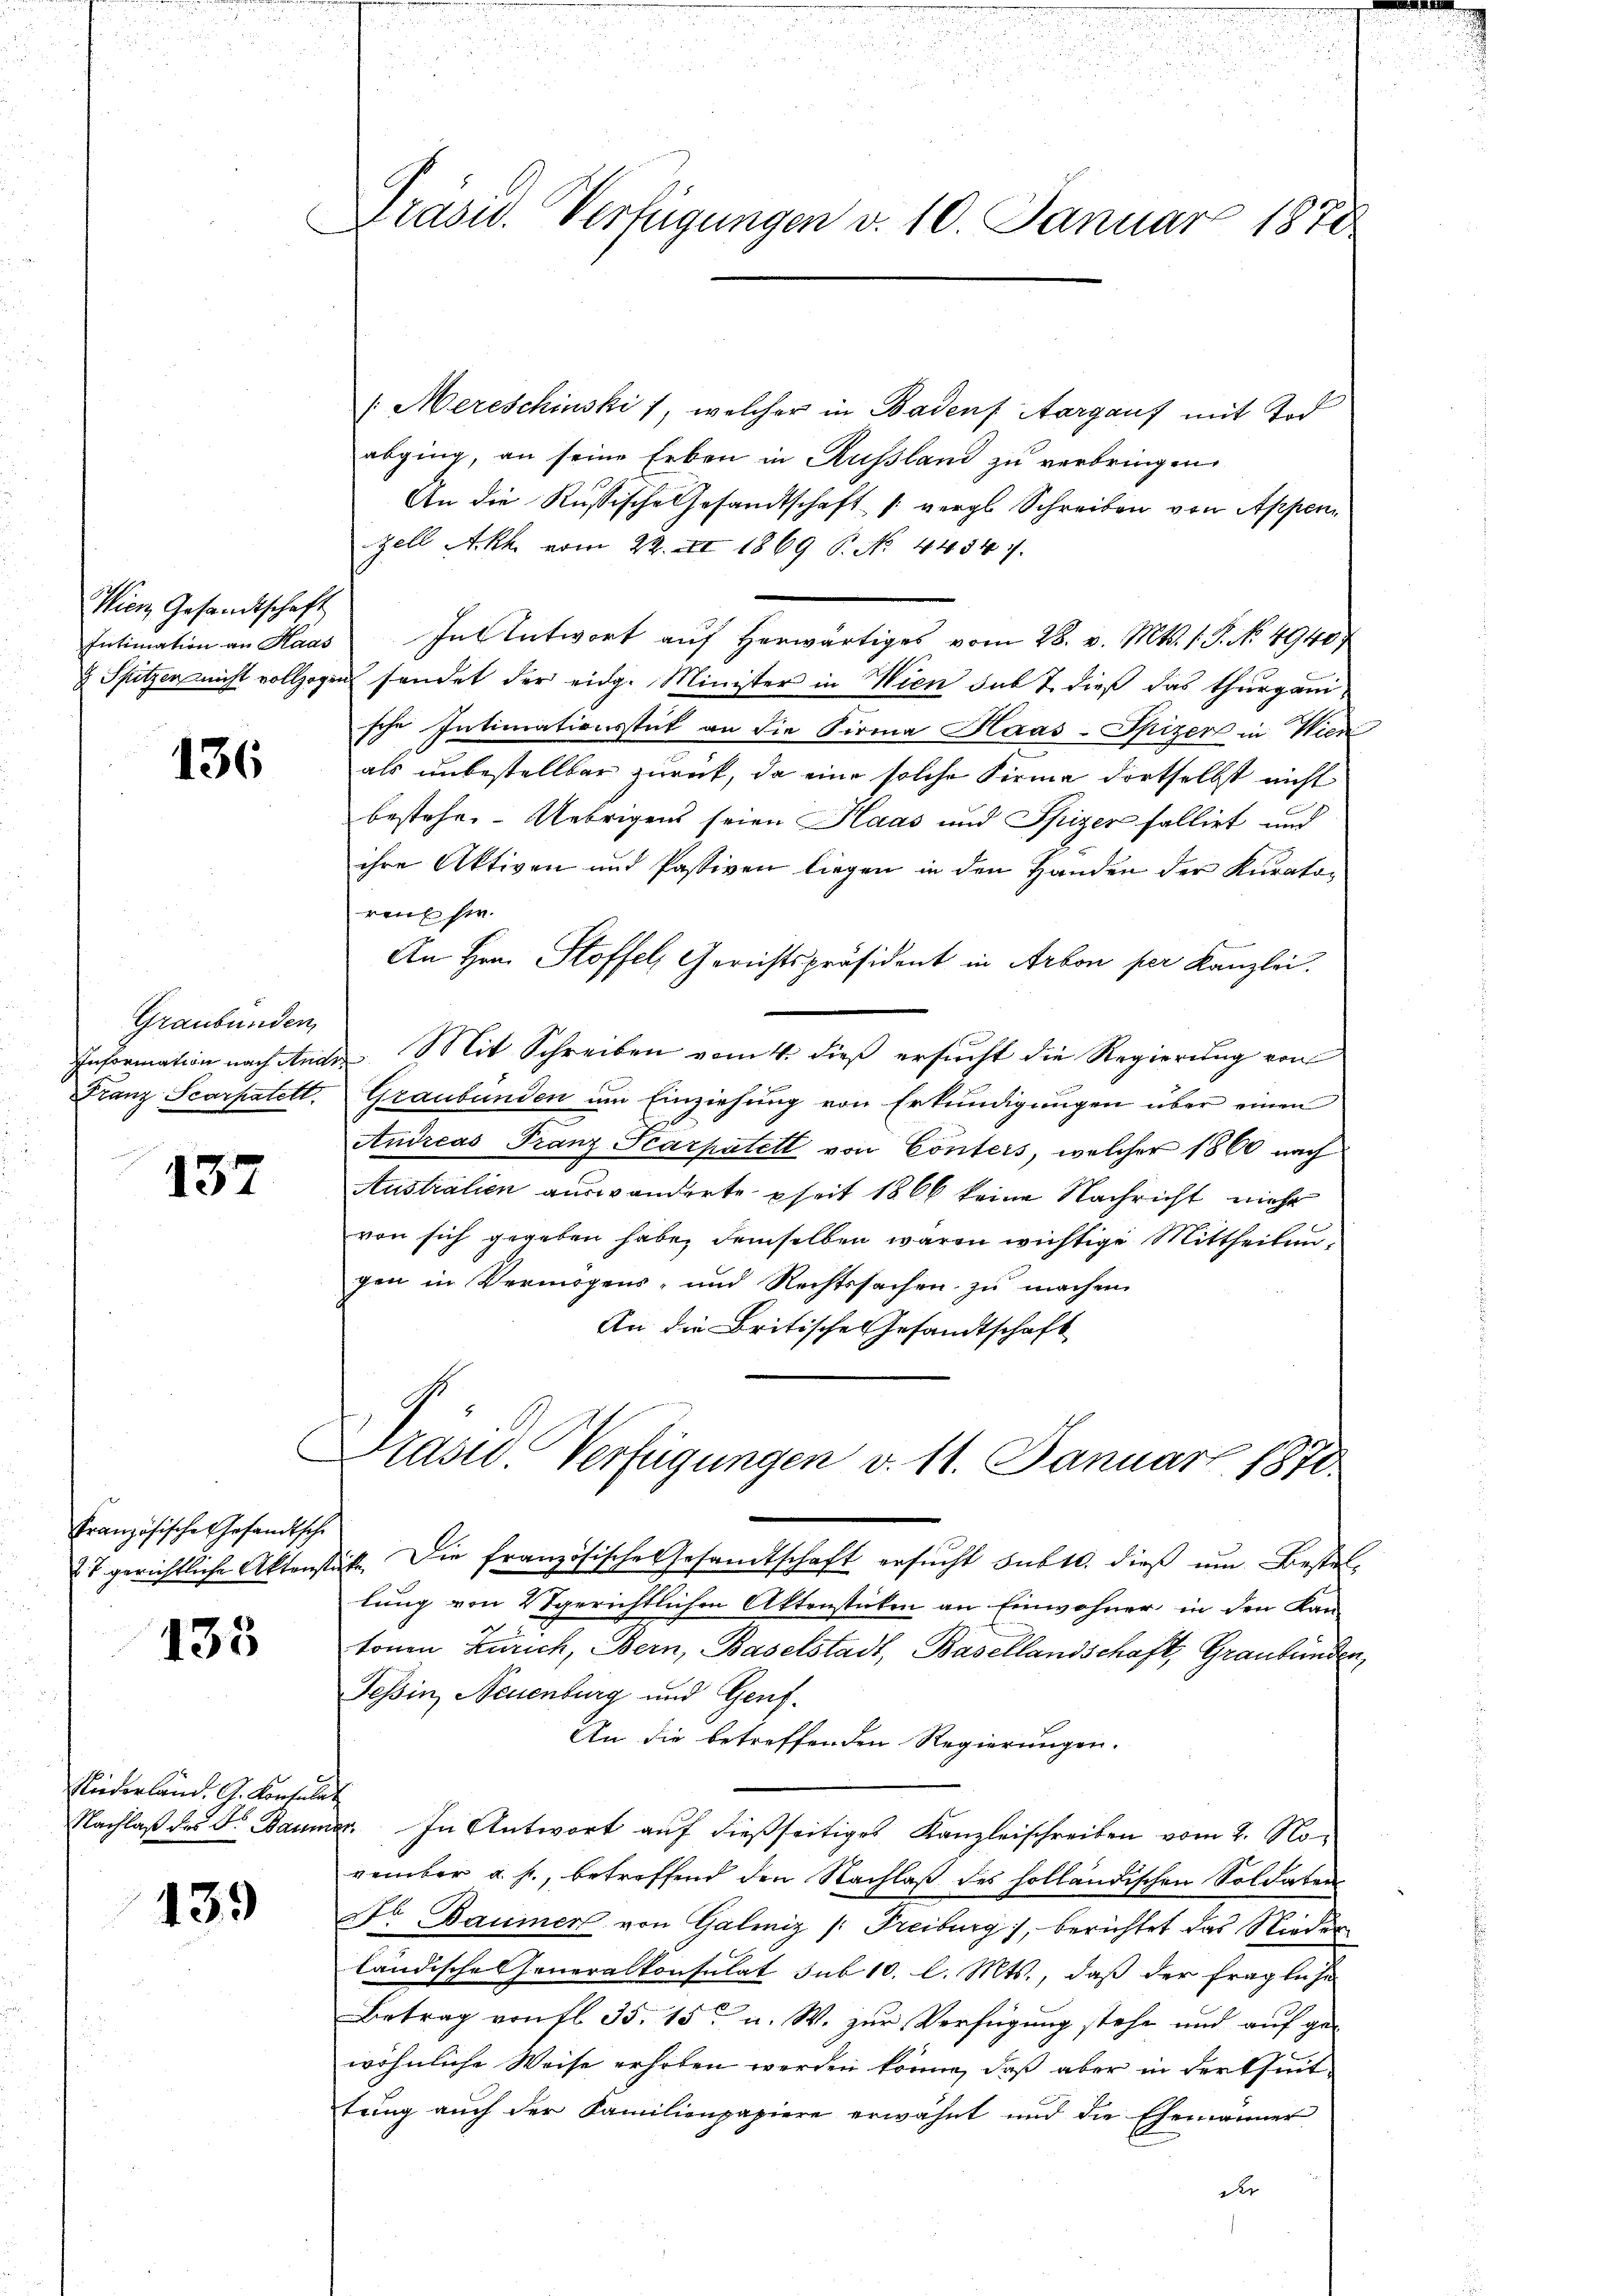
Wien Gesandtschaft
Intimation an Haas
 Spitzen nicht vollzogen

136

Graubünden,
Information nach Ande
Franz Scarpatelt.

137

Französische Gesandtsche
. T. gerichtliche Aktenst

133

Niederland. G. Konsula
Nachlaß des Dr. Bauma

139

Drasu. Verfügungen v. 10. Januar 1870

/Mereschinski 1, welcher in Badens Aargauf mit Tod
abging, an seine Erben in Russland zu verbringen.
An die Russische Gesandtschaft (vergl. Schreiben von Appen
zell A.Rh. vom 22. X. 1869 P. No. 44347.
In Antwort auf herwärtiges vom 28. v. Mts. 1. P. No 4940
fendet der eidg. Minister in Wien sub t dieß das Thurgausche Intimationsstück an die Firma Haas-Spizer in Wien
als unbestellbar zurück, da eine solche Firma dortselbst nicht
bestehe. Uebrigens seien Haas und Spizer fallirt und
ihre Aktiven und Pastiven liegen in den Handen der Kuratoreut sie.
An Hrn. Stoffel, Gerichtspräsident in Arbon per Kanzlei.
. Mit Schreiben vom 4. dieß ersucht die Regierung von
Graubünden um Einziehung von Erkundigungen über einen
Andreas Franz-Scarpatelt von Conters, welcher 1860 nach
Australien auswanderte seit 1866 keine Nachricht mehr
von sich gegeben habe, demselben waren wichtige Mittheilungen in Vermögens- und Rechtssachen zu machen
An die Britische Gesandtschaft
Brasie Verfügungen v. 11. Januar 1870
e
it. Die französische Gesandtschaft ersucht subt. dieß um Bestel-
lung von Vgerichtlichen Aktenstücken an Einwohner in den Kan-
tonen Zürich, Bern, Baselstadt, Basellandschaft, Graubünden
Tessin, Neuenburg und Genf.
An die betreffenden Regierungen.
. In Antwort auf dießseitiges Kanzleischreiben vom 2. No
vember a. f., betreffend den Nachlaß des holländischen Soldaten
Dr Baumer von Galmiz /: Freiburg), berichtet das Nieder
ländische Generalkonsulat sub 10. l. Mts., daß der fragliche
Betrag von fl. 35. 15. u. W. zur Verfügung stehe und auf gewöhnliche Weise erhoben werden könne, daß aber in der theit
tung auch der Familienpapiere erwähnt und die Ehemänner
d